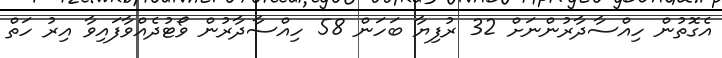
އެގޮތުން ހިއްސާދާރުންނަށް 32 ރުފިޔާ ބަހަން 58 ހިއްސާދާރުން ވޯޓުދެއްވާފައިވާ އިރު ހަތް